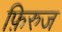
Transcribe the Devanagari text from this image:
फ़िरुज